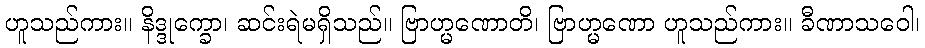
ဟူသည်ကား။ နိဒ္ဒုက္ခော၊ ဆင်းရဲမရှိသည်။ ဗြာဟ္မဏောတိ၊ ဗြာဟ္မဏော ဟူသည်ကား။ ခီဏာသဝေါ၊